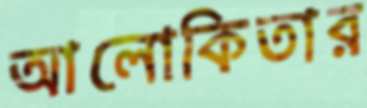
আলোকিতার